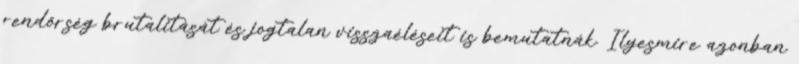
rendőrség brutalitását és jogtalan visszaéléseit is bemutatnák. Ilyesmire azonban